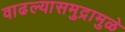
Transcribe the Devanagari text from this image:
वाढल्यासमुद्रामुळे